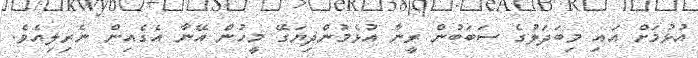
އުޅުމަށް އައި މިބަދަލުގެ ސަބަބުން ރީނާ އުޅެމުންދިޔަގޭ މީހުން އޭނާ އެގެއިން ނެރިލިއެވެ.